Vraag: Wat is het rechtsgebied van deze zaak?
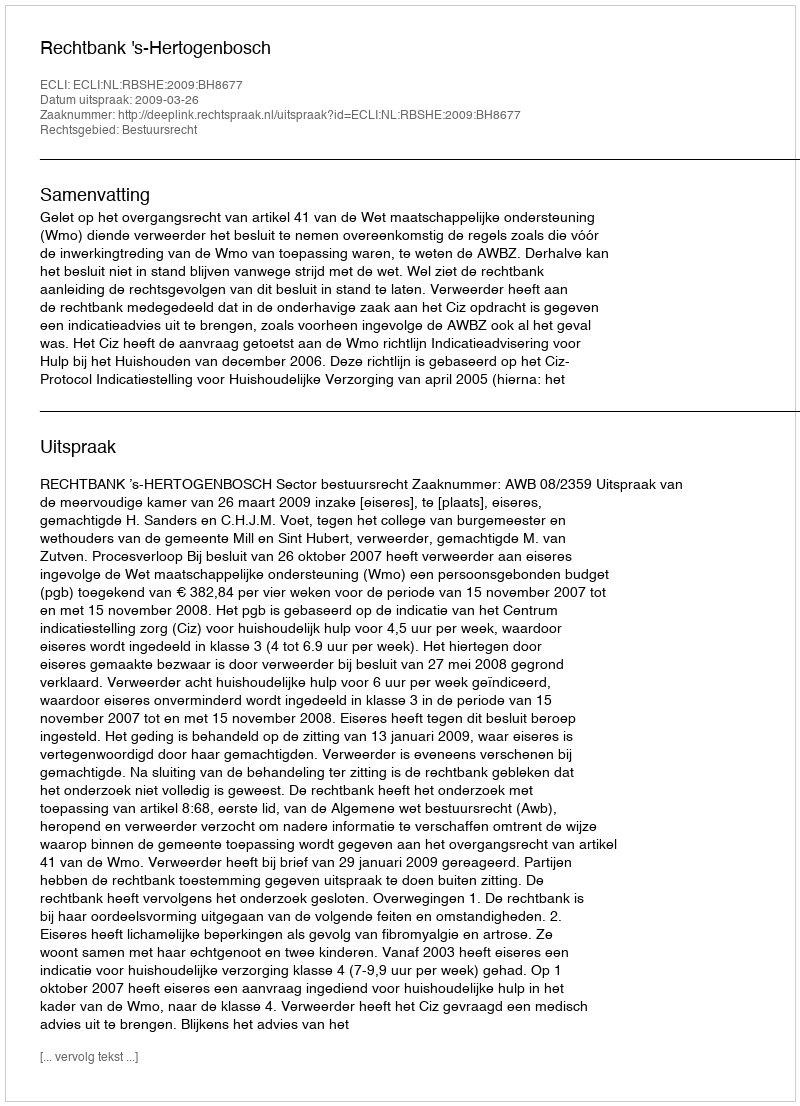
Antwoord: Bestuursrecht